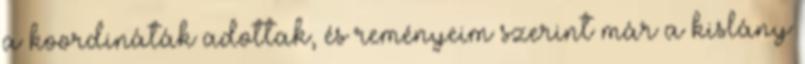
a koordináták adottak, és reményeim szerint már a kislány